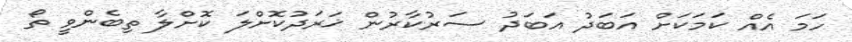
ހަމަ އެއް ކަމަކަށް އަބަދު އަބަދު ސަރުކާރުން ޚަރަދުކޮށްލަ ކޮށްލާ ތިބެންވީ ތޯ